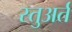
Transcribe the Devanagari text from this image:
स्तुअर्त